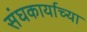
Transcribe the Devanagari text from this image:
संघकार्याच्या